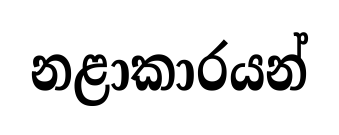
නළාකාරයන්